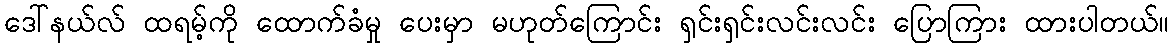
ဒေါ်နယ်လ် ထရမ့်ကို ထောက်ခံမှု ပေးမှာ မဟုတ်ကြောင်း ရှင်းရှင်းလင်းလင်း ပြောကြား ထားပါတယ်။